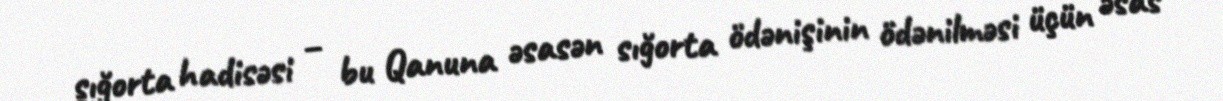
sığorta hadisəsi – bu Qanuna əsasən sığorta ödənişinin ödənilməsi üçün əsas